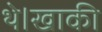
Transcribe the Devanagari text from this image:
थे।खाकी